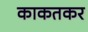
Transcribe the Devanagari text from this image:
काकतकर